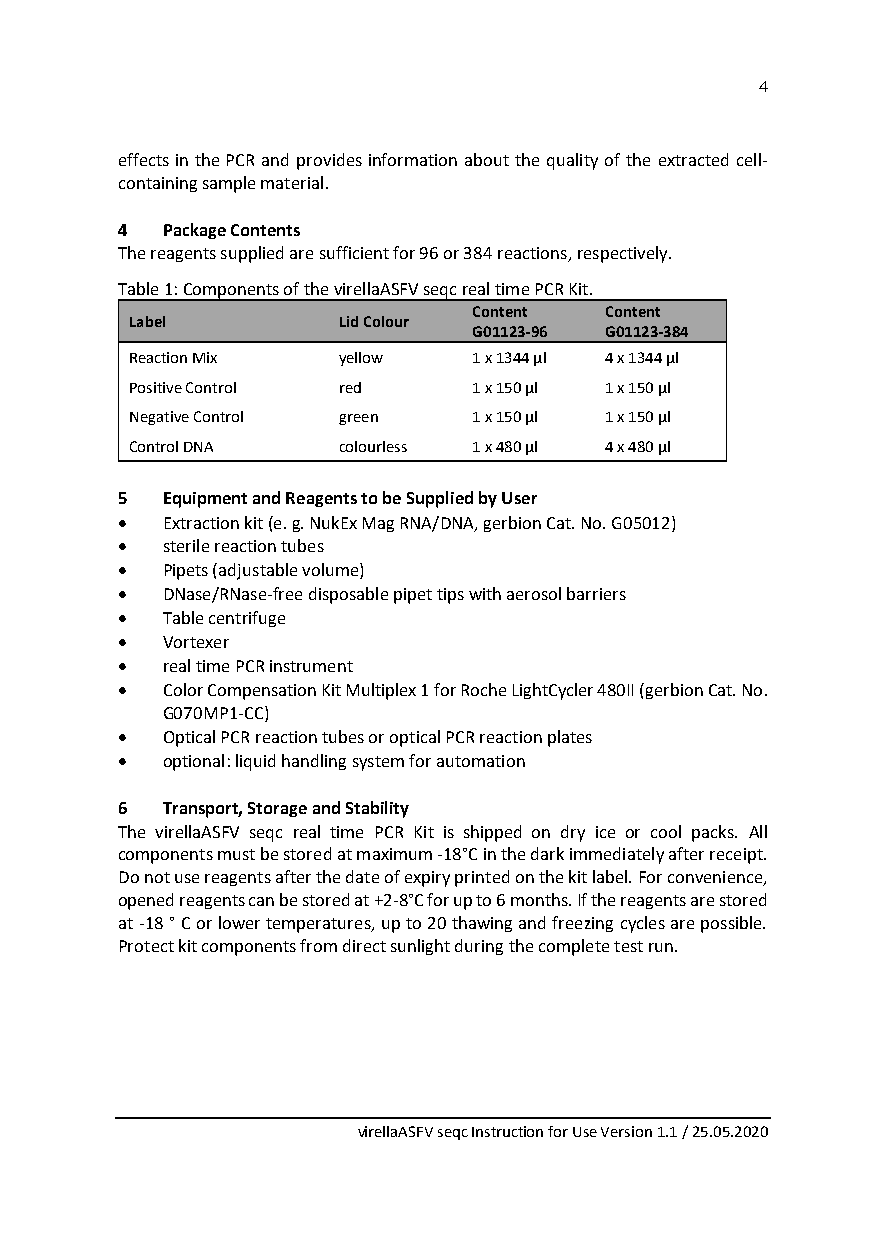
4
 effects in the PCR and provides information about the quality of the extracted cell-
 containing sample material.
 4  Package Contents
 The reagents supplied are sufficient for 96 or 384 reactions, respectively.
 Table 1: Components of the virellaASFV seqc real time PCR Kit.
 Content  Content
 Label        Lid Colour
 G01123-96 G01123-384
 Reaction Mix yellow   1 x 1344 µl 4 x 1344 µl
 Positive Control red  1 x 150 µl 1 x 150 µl
 Negative Control green 1 x 150 µl 1 x 150 µl
 Control DNA  colourless 1 x 480 µl 4 x 480 µl
 5  Equipment and Reagents to be Supplied by User
 •  Extraction kit (e. g. NukEx Mag RNA/DNA, gerbion Cat. No. G05012)
 •  sterile reaction tubes
 •  Pipets (adjustable volume)
 •  DNase/RNase-free disposable pipet tips with aerosol barriers
 •  Table centrifuge
 •  Vortexer
 •  real time PCR instrument
 •  Color Compensation Kit Multiplex 1 for Roche LightCycler 480II (gerbion Cat. No.
 G070MP1-CC)
 •  Optical PCR reaction tubes or optical PCR reaction plates
 •  optional: liquid handling system for automation
 6  Transport, Storage and Stability
 The virellaASFV seqc real time PCR Kit is shipped on dry ice or cool packs. All
 components must be stored at maximum -18°C in the dark immediately after receipt.
 Do not use reagents after the date of expiry printed on the kit label. For convenience,
 opened reagents can be stored at +2-8°C for up to 6 months. If the reagents are stored
 at -18 ° C or lower temperatures, up to 20 thawing and freezing cycles are possible.
 Protect kit components from direct sunlight during the complete test run.
 virellaASFV seqc Instruction for Use Version 1.1 / 25.05.2020